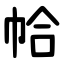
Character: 帢